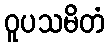
ဝူပသမိတံ